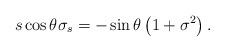
LaTeX: \begin{align*}s\cos \theta \sigma _{s}=-\sin \theta \left( 1+\sigma ^{2}\right).\end{align*}